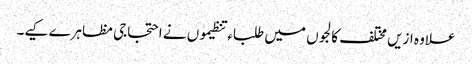
علاوہ ازیں مختلف کالجوں میں طلباء تنظیموں نے احتجاجی مظاہرے کیے۔